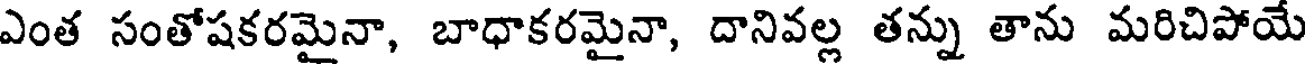
ఎంత సంతోషకరమైనా, బాధాకరమైనా, దానివల్ల తన్ను తాను మరిచిపోయే